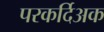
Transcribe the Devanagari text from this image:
परकर्दिअक